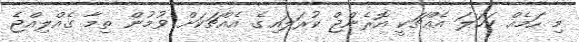
މި ހަމެއް ކަހަލަ އެއްޗަކީ އޮރެންޖް ކުރަލައިގެ އެއްޗަކަށް ވުމުން ތިމާ ގެއްލިއްޖެ